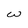
Character: w